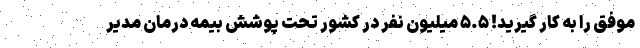
موفق را به کار گیرید! ۵.۵ میلیون نفر در کشور تحت پوشش بیمه درمان مدیر